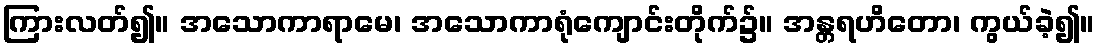
ကြားလတ်၍။ အသောကာရာမေ၊ အသောကာရုံကျောင်းတိုက်၌။ အန္တရဟိတော၊ ကွယ်ခဲ့၍။